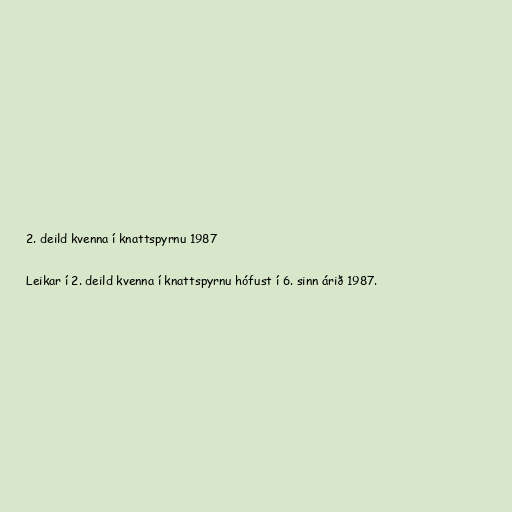
2. deild kvenna í knattspyrnu 1987

Leikar í 2. deild kvenna í knattspyrnu hófust í 6. sinn árið 1987.